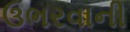
ઉભરવાની